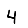
Digit: 4